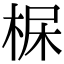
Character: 𣒺